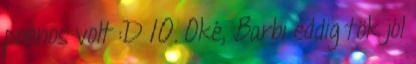
poénos volt :D 10. Oké, Barbi eddig tök jól